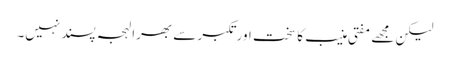
لیکن مجھے مفتی منیب کا سخت اور تکبر سے بھرا لہجہ پسند نہیں۔